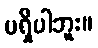
မရှိပါဘူး။